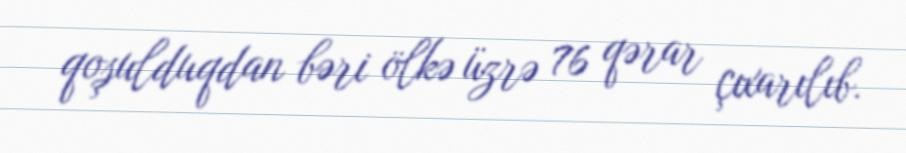
qoşulduqdan bəri ölkə üzrə 76 qərar çıxarılıb.